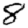
Digit: 8